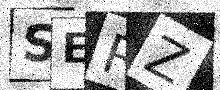
Text: SERZ